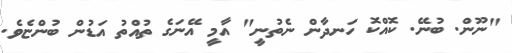
"ނޫން. ބުނޭ. ކޮއްކޮ ހަނދާން ނެތުނީ" އާމީ އޭނަގެ ތުއްތު އަޑުން ބުންޏެވެ.